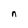
Character: n